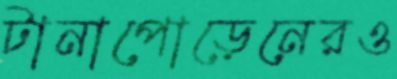
টানাপোড়েনেরও